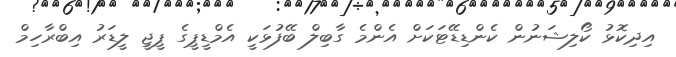
އިދިކޮޅު ކޯލިޝަނުން ކެންޑިޑޭޓަކަށް އެންމެ ގާބިލް ބޭފުޅަކީ އެމްޑީޕީގެ ޕީޖީ ލީޑަރު އިބްރާހިމް